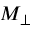
M _ { \perp }